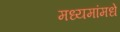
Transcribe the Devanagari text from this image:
मध्यमांमधे